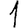
Digit: 1